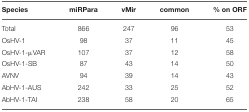
<table><thead><tr><td><b>Species</b></td><td><b>miRPara</b></td><td><b>vMir</b></td><td><b>common</b></td><td><b>% on ORF</b></td></tr></thead><tbody><tr><td>Total</td><td>866</td><td>247</td><td>96</td><td>53</td></tr><tr><td>OsHV-1</td><td>98</td><td>37</td><td>11</td><td>45</td></tr><tr><td>OsHV-1-μVAR</td><td>107</td><td>37</td><td>12</td><td>58</td></tr><tr><td>OsHV-1-SB</td><td>87</td><td>43</td><td>14</td><td>50</td></tr><tr><td>AVNV</td><td>94</td><td>39</td><td>14</td><td>43</td></tr><tr><td>AbHV-1-AUS</td><td>242</td><td>33</td><td>25</td><td>52</td></tr><tr><td>AbHV-1-TAI</td><td>238</td><td>58</td><td>20</td><td>65</td></tr></tbody></table>